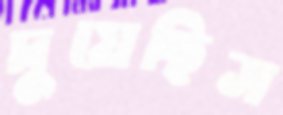
দুয়েছিস